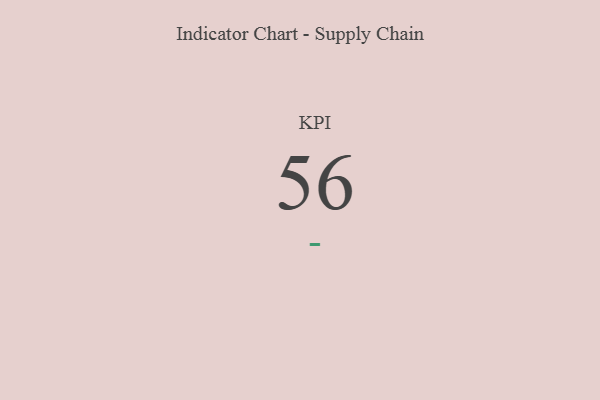
{"axis": {"x": "KPI", "y": "Value"}, "legend": [""], "data": [{"x": "KPI", "y": 56, "type": ""}]}